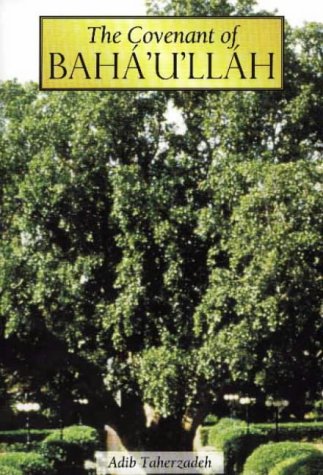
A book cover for The Covenant of Baha'u'llah; Adib Taherzadeh; Religion & Spirituality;